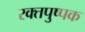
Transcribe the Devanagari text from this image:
रक्तपुष्पक